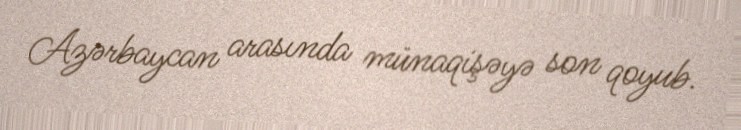
Azərbaycan arasında münaqişəyə son qoyub.